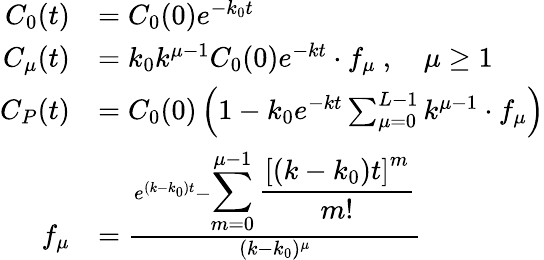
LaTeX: \begin{array}{rl}{C_{0}(t)}&{=C_{0}(0)e^{-k_{0}t}}\\ {C_{\mu}(t)}&{=k_{0}k^{\mu-1}C_{0}(0)e^{-kt}\cdot f_{\mu}\ ,\quad\mu\geq 1}\\ {C_{P}(t)}&{=C_{0}(0)\left(1-k_{0}e^{-kt}\sum_{\mu=0}^{L-1}k^{\mu-1}\cdot f_{\mu}\right)}\\ {f_{\mu}}&{=\frac{e^{(k-k_{0})t}-{\displaystyle\sum_{m=0}^{\mu-1}\frac{\left[(k-k_{0})t\right]^{m}}{m!}}}{(k-k_{0})^{\mu}}}\end{array}